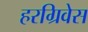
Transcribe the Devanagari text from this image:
हरग्रिवेस